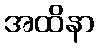
အထိနာ